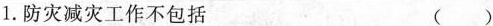
1.防灾减灾工作不包括 ()